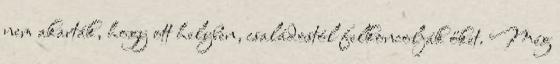
nem akarták, hogy ott helyben, családostól felkoncolják őket. Még